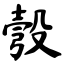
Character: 彀